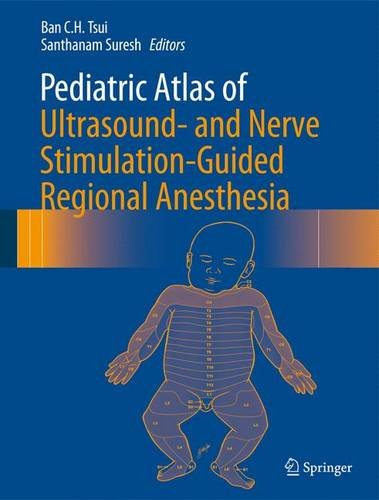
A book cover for Pediatric Atlas of Ultrasound- and Nerve Stimulation-Guided Regional Anesthesia; Medical Books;